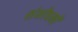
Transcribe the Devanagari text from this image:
शंशोधनों